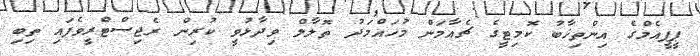
ޕީޕީއެމްގެ އިންތިޚާބު ކޮމިޓީގެ ޗެއާމަން މުހައްމަދު ތޮލާލް ވިދާޅުވީ ކުރިން ރެޖިސްޓްރީވެފައި ތިބި